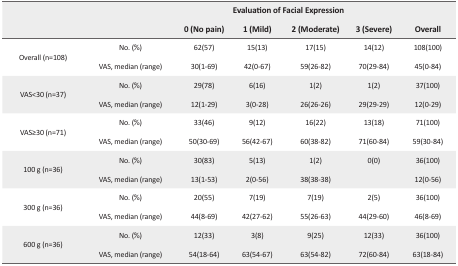
| <ROWSPAN=2>  | <ROWSPAN=2>  | <COLSPAN=7> Evaluation of Facial Expression |
 | 0 (No pain) | 1 (Mild) | 2 (Moderate) | 3 (Severe) | Overall |
 | --- | --- | --- | --- | --- | --- | --- | --- | --- |
 | <ROWSPAN=2> Overall (n=108) | No. (%) | 62(57) | 15(13) | 17(15) | 14(12) | 108(100) |
 | VAS, median (range) | 30(1–69) | 42(0–67) | 59(26–82) | 70(29–84) | 45(0–84) |
 | <ROWSPAN=2> VAS<30 (n=37) | No. (%) | 29(78) | 6(16) | 1(2) | 1(2) | 37(100) |
 | VAS, median (range) | 12(1–29) | 3(0–28) | 26(26–26) | 29(29–29) | 12(0–29) |
 | <ROWSPAN=2> VAS≥30 (n=71) | No. (%) | 33(46) | 9(12) | 16(22) | 13(18) | 71(100) |
 | VAS, median (range) | 50(30–69) | 56(42–67) | 60(38–82) | 71(60–84) | 59(30–84) |
 | <ROWSPAN=2> 100 g (n=36) | No. (%) | 30(83) | 5(13) | 1(2) | 0(0) | 36(100) |
 | VAS, median (range) | 13(1–53) | 2(0–56) | 38(38–38) |  | 12(0–56) |
 | <ROWSPAN=2> 300 g (n=36) | No. (%) | 20(55) | 7(19) | 7(19) | 2(5) | 36(100) |
 | VAS, median (range) | 44(8–69) | 42(27–62) | 55(26–63) | 44(29–60) | 46(8–69) |
 | <ROWSPAN=2> 600 g (n=36) | No. (%) | 12(33) | 3(8) | 9(25) | 12(33) | 36(100) |
 | VAS, median (range) | 54(18–64) | 63(54–67) | 63(54–82) | 72(60–84) | 63(18–84) |